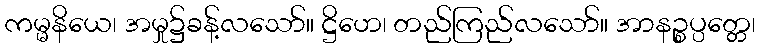
ကမ္မနိယေ၊ အမှု၌ခန့်လသော်။ ဋ္ဌိဟေ၊ တည်ကြည်လသော်။ အာနဉ္စပ္ပတ္တေ၊